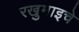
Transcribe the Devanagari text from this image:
रखुमाइचे